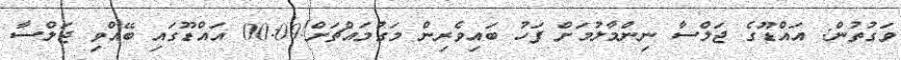
ވަގުތުން: އައްޑޫގެ ޖަލްސާ ނިންމާލުމަށް ފަހު ބައިވެރިން މަގުމައްޗަށް!00:09 އައްޑޫގައި ބޭއްވި ޖަލްސާ